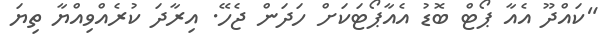
"ކައްދޫ އެއާ ޕޯޓް ބޮޑު އެއާޕޯޓަކަށް ހަދަން ޖެހޭ. އިރާދަ ކުރެއްވިއްޔާ ތިޔަ